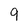
Character: 9